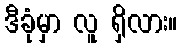
ဒီခုံမှာ လူ ရှိလား။